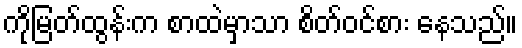
ကိုမြတ်ထွန်းက စာထဲမှာသာ စိတ်ဝင်စား နေသည်။